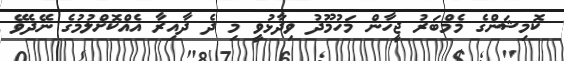
ކޮމިޝަންގެ މެމްބަރު ޖީހާން މަހުމޫދު ވިދާޅުވީ މި ދެ ދާއިރާ އެއްކޮށްލުމުގެ ނޭދެވޭ